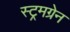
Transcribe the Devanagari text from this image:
स्ट्रमग्रेन